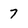
Character: 7